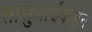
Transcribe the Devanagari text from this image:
सासुबाईंकडून